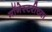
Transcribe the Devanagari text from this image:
मॉनेस्टरीच्या